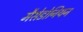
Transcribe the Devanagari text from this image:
मैसेडोनियन